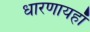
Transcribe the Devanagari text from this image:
धारणायहाँ